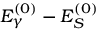
E _ { \gamma } ^ { ( 0 ) } - E _ { S } ^ { ( 0 ) }